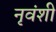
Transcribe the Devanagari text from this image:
नृवंशी